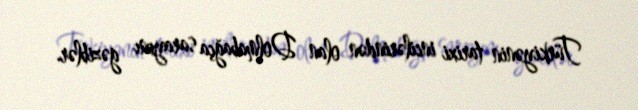
Türkiyənin tarixi incilərindən olan Dolmabağça sarayını gəziblər.